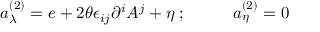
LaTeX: a _ { \lambda } ^ { ( 2 ) } = e + 2 \theta \epsilon _ { i j } \partial ^ { i } A ^ { j } + \eta \; ; \; \; \; \; \; \; \; \; \; \; a _ { \eta } ^ { ( 2 ) } = 0